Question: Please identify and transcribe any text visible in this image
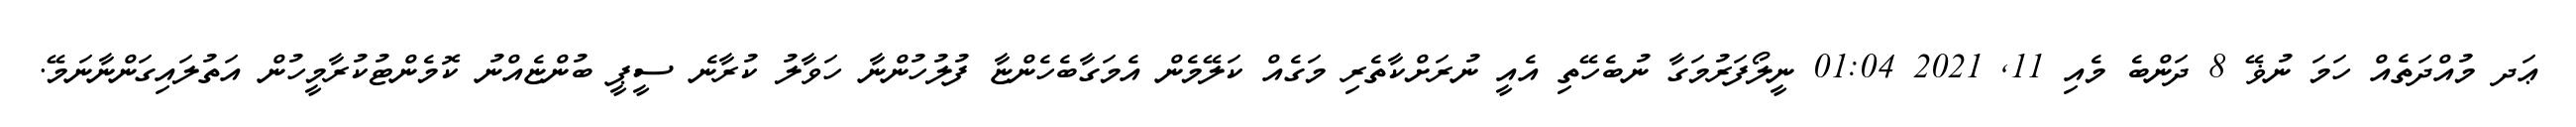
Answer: ޢަދ މުއްދަތެއް ހަމަ ނުޥޭ 8 ދަންބެ މެއި 11, 2021 01:04 ނީލޯފަރުމަގާ ނުބެހޭތި އެއީ ނުރަށްކާތެރި މަގެއް ކަލޭމެން އެމަގާބެހެންޏާ ފުލުހުންނާ ހަވާލު ކުރާނެ ސީޕީ ބުންޏެއްނު ކޮމެންޓުކުރާމީހުން އަތުލައިގަންނާނަމޭ.